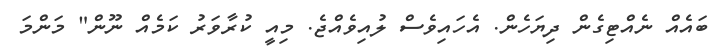
ބައެއް ނެއްޓިގެން ދިޔަހެން. އެހައިވެސް ލުއިވެއްޖެ. މިއީ ކުރާވަރު ކަމެއް ނޫން" މަންމަ